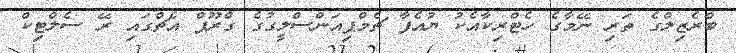
ބްރެޒިލްގެ ތަރި ނޭމާގެ ހެޓްރިކާއެކު ޔުއެފާ ޗެމްޕިއަންސްލީގުގެ ގްރޫޕް އެޗްގައި ރޭ ސެލްޓިކް